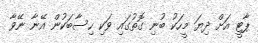
ޕާޓީ އަށް ދިޔަ މީހަކު ބުނި ގޮތުގައި ވަކި ހިސާބަކުން އޭނާ ނޭވާ